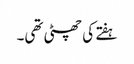
ہفتے کی چھٹی تھی۔